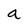
Character: a